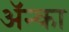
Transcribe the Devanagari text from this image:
अॅन्का